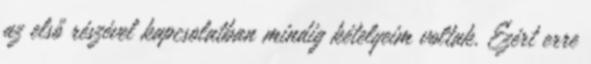
az első részével kapcsolatban mindig kételyeim voltak. Ezért erre